Relation of titanus [i.e. tetanus] to the hypodermic or intramuscular injection of quinine - Number 43
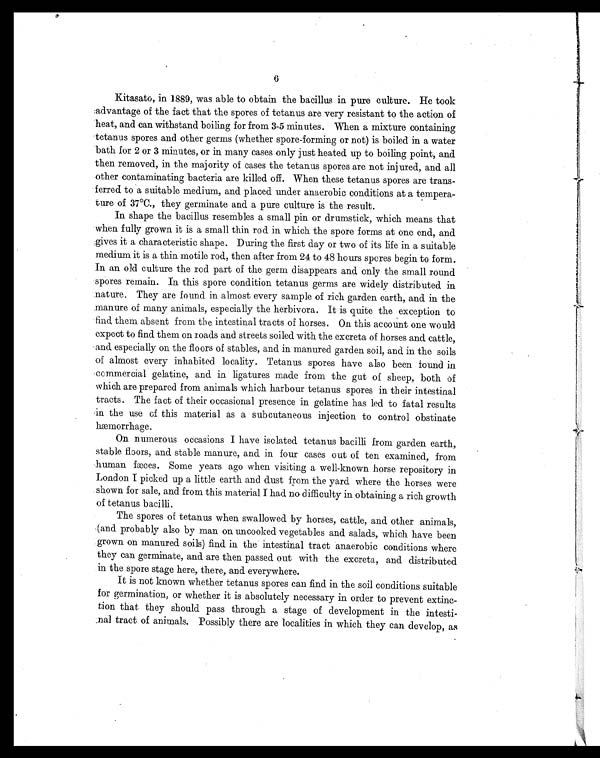
6
Kitasato, in 1889, was able to obtain the bacillus in pure culture. He took
advantage of the fact that the spores of tetanus are very resistant to the action of
heat, and can withstand boiling for from 3-5 minutes. When a mixture containing
tetanus spores and other germs (whether spore-forming or not) is boiled in a water
bath for 2 or 3 minutes, or in many cases only just heated up to boiling point, and
then removed, in the majority of cases the tetanus spores are not injured, and all
other contaminating bacteria are killed off. When these tetanus spores are trans-
ferred to a suitable medium, and placed under anaerobic conditions at a tempera-
ture of 37°C., they germinate and a pure culture is the result.
In shape the bacillus resembles a small pin or drumstick, which means that
when fully grown it is a small thin rod in which the spore forms at one end, and
gives it a characteristic shape. During the first day or two of its life in a suitable
medium it is a thin motile rod, then after from 24 to 48 hours spores begin to form.
In an old culture the rod part of the germ disappears and only the small round
spores remain. In this spore condition tetanus germs are widely distributed in
nature. They are found in almost every sample of rich garden earth, and in the
manure of many animals, especially the herbivora. It is quite the exception to
find them absent from the intestinal tracts of horses. On this account one would
expect to find them on roads and streets soiled with the excreta of horses and cattle,
and especially on the floors of stables, and in manured garden soil, and in the soils
of almost every inhabited locality. Tetanus spores have also been found in
commercial gelatine, and in ligatures made from the gut of sheep, both of
which are prepared from animals which harbour tetanus spores in their intestinal
tracts. The fact of their occasional presence in gelatine has led to fatal results
in the use of this material as a subcutaneous injection to control obstinate
hæmorrhage.
O n n u m e r o u s o c c a s i o n s I h a v e i s o l a t e d t e t a n u s b a c i l l i f r o m g a r d e n e a r t h ,
stable floors, and stable manure, and in four cases out of ten examined, from
human fæces. Some years ago when visiting a well-known horse repository in
London I picked up a. little earth and dust from the yard where the horses were
shown for sale, and from this material I had no difficulty in obtaining a rich growth
of tetanus bacilli.
The spores of tetanus when swallowed by horses, cattle, and other animals,
(and probably also by man on uncooked vegetables and salads, which have been
grown on manured soils) find in the intestinal tract anaerobic conditions where
they can germinate, and are then passed out with the excreta, and distributed
in the spore stage here, there, and everywhere.
It is not known whether tetanus spores can find in the soil conditions suitable
for germination, or whether it is absolutely necessary in order to prevent extinc-
tion that they should pass through a stage of development in the intesti-
nal tract of animals. Possibly there are localities in which they can develop, as